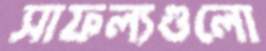
সাফল্যগুলো